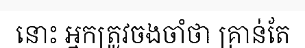
នោះ អ្នកត្រូវចងចាំថា គ្រាន់តែ